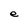
Character: e